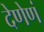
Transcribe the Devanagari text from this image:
देणेणं